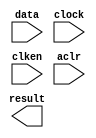
//Copyright (C) 1991-2003 Altera Corporation
//Any  megafunction  design,  and related netlist (encrypted  or  decrypted),
//support information,  device programming or simulation file,  and any other
//associated  documentation or information  provided by  Altera  or a partner
//under  Altera's   Megafunction   Partnership   Program  may  be  used  only
//to program  PLD  devices (but not masked  PLD  devices) from  Altera.   Any
//other  use  of such  megafunction  design,  netlist,  support  information,
//device programming or simulation file,  or any other  related documentation
//or information  is prohibited  for  any  other purpose,  including, but not
//limited to  modification,  reverse engineering,  de-compiling, or use  with
//any other  silicon devices,  unless such use is  explicitly  licensed under
//a separate agreement with  Altera  or a megafunction partner.  Title to the
//intellectual property,  including patents,  copyrights,  trademarks,  trade
//secrets,  or maskworks,  embodied in any such megafunction design, netlist,
//support  information,  device programming or simulation file,  or any other
//related documentation or information provided by  Altera  or a megafunction
//partner, remains with Altera, the megafunction partner, or their respective
//licensors. No other licenses, including any licenses needed under any third
//party's intellectual property, are provided herein.

module accum32 (
	data,
	clock,
	clken,
	aclr,
	result)/* synthesis synthesis_clearbox = 1 */;

	input	[31:0]  data;
	input	  clock;
	input	  clken;
	input	  aclr;
	output	[31:0]  result;

endmodule